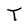
Character: T